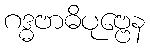
ဂဒ္ဓဗာဓိပုဗ္ဗေန